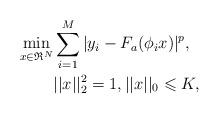
LaTeX: \begin{align*}\mathop {\min }\limits_{x\in \mathfrak{R}^N}& \sum_{i=1}^{M}|y_i-F_a(\phi_i x)|^p,\\&||x||_2^2=1, ||x||_0 \leqslant K,\end{align*}